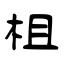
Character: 柤